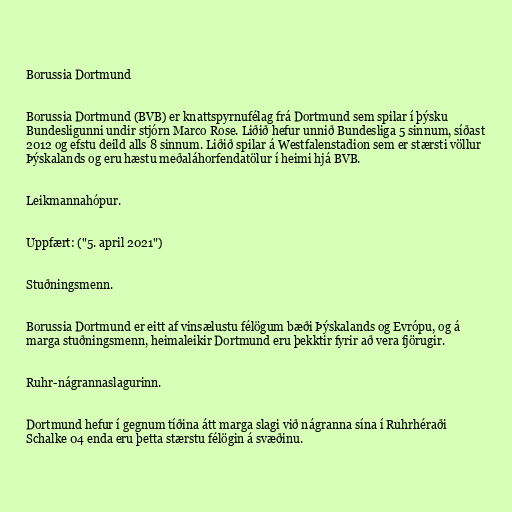
Borussia Dortmund

Borussia Dortmund (BVB) er knattspyrnufélag frá Dortmund sem spilar í þýsku
Bundesligunni undir stjórn Marco Rose. Liðið hefur unnið Bundesliga 5 sinnum, síðast
2012 og efstu deild alls 8 sinnum. Liðið spilar á Westfalenstadion sem er stærsti völlur
Þýskalands og eru hæstu meðaláhorfendatölur í heimi hjá BVB.

Leikmannahópur.

Uppfært: ("5. april 2021")

Stuðningsmenn.

Borussia Dortmund er eitt af vinsælustu félögum bæði Þýskalands og Evrópu, og á
marga stuðningsmenn, heimaleikir Dortmund eru þekktir fyrir að vera fjörugir.

Ruhr-nágrannaslagurinn.

Dortmund hefur í gegnum tíðina átt marga slagi við nágranna sína í Ruhrhéraði
Schalke 04 enda eru þetta stærstu félögin á svæðinu.